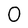
Character: 0